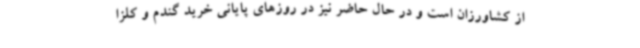
از کشاورزان است و در حال حاضر نیز در روزهای پایانی خرید گندم و کلزا